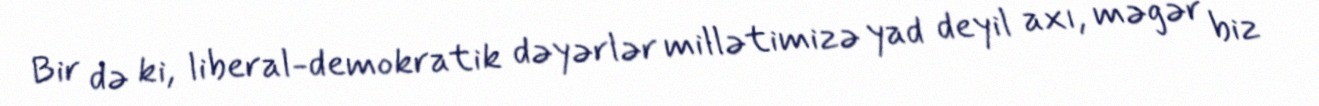
Bir də ki, liberal-demokratik dəyərlər millətimizə yad deyil axı, məgər biz